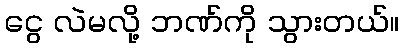
ငွေ လဲမလို့ ဘဏ်ကို သွားတယ်။